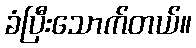
ခံပြီးသောက်တယ်။